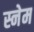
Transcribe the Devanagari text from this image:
स्नेम